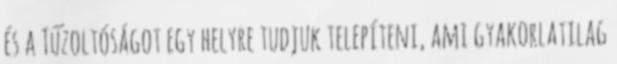
és a Tűzoltóságot egy helyre tudjuk telepíteni, ami gyakorlatilag